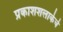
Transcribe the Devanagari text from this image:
प्रकाशशलाकेचे